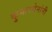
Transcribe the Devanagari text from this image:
कुमारसेनांनी